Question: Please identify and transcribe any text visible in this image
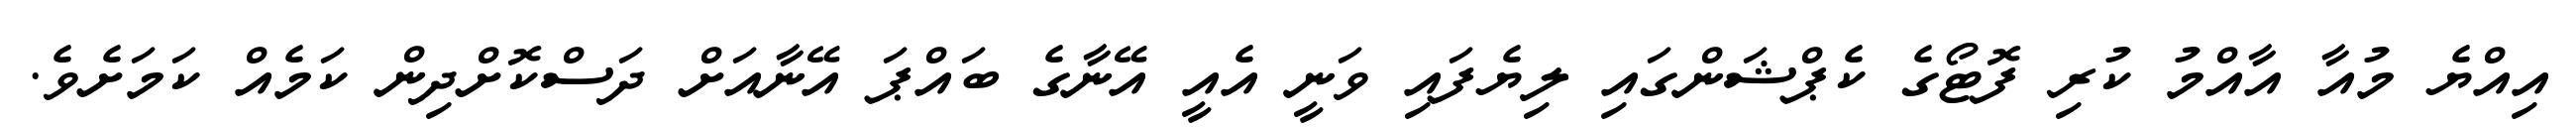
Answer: އިއްޔެ މުއާ އާއްމު ކުރި ފޮޓޯގެ ކެޕްޝަންގައި ލިޔެފައި ވަނީ އެއީ އޭނާގެ ބައްޕަ އޭނާއަށް ދަސްކޮށްދިން ކަމެއް ކަމަށެވެ.